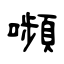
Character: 嚬